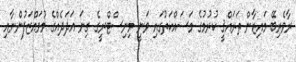
ރާވެރިބޭ މައިޒާން ތަރައްޤީ ކުރުމުގެ މަސައްކަތުގައި ވަނީ މިނިސްޓްރީގެ ގިނަ އަދަދެއްގެ މުވައްޒަފުންނާއި